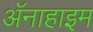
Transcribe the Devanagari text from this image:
अॅनाहाइम